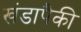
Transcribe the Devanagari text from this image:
खंडापैकी